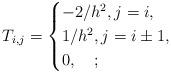
LaTeX: \begin{align*}T_{i,j}=\begin{cases}-2/h^2,j=i,\\1/h^2,j=i\pm1,\\0,\quad;\end{cases}\end{align*}